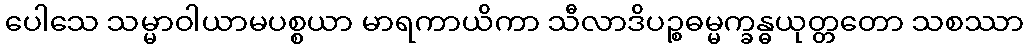
ပေါသေ သမ္မာဝါယာမပစ္စယာ မာရကာယိကာ သီလာဒိပဉ္စဓမ္မက္ခန္ဓယုတ္တတော သစဿာ